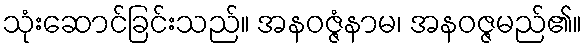
သုံးဆောင်ခြင်းသည်။ အနဝဇ္ဇံနာမ၊ အနဝဇ္ဇမည်၏။